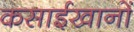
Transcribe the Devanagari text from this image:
कसाईखानों